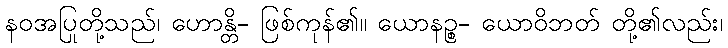
နဝအပြုတို့သည်၊ ဟောန္တိ- ဖြစ်ကုန်၏။ ယောနဉ္စ- ယောဝိဘတ် တို့၏လည်း၊